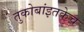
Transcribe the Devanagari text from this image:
तुकोबांइतकेच